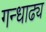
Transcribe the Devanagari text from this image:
गन्धाढ्य